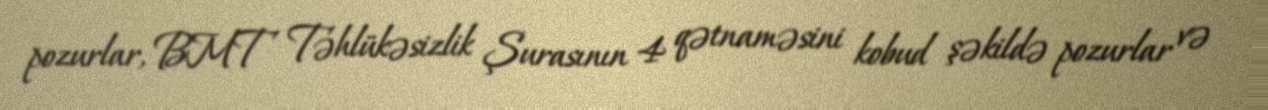
pozurlar, BMT Təhlükəsizlik Şurasının 4 qətnaməsini kobud şəkildə pozurlar və